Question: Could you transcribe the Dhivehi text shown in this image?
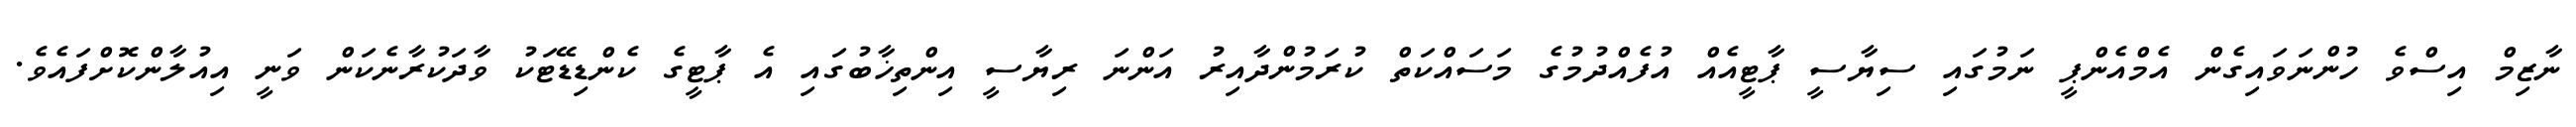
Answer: ނާޒިމް އިސްވެ ހުންނަވައިގެން އެމްއެންޕީ ނަމުގައި ސިޔާސީ ޕާޓީއެއް އުފެއްދުމުގެ މަސައްކަތް ކުރަމުންދާއިރު އަންނަ ރިޔާސީ އިންތިޚާބުގައި އެ ޕާޓީގެ ކެންޑިޑޭޓަކު ވާދަކުރާނެކަން ވަނީ އިއުލާންކޮށްފައެވެ.